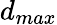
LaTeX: d_{max}